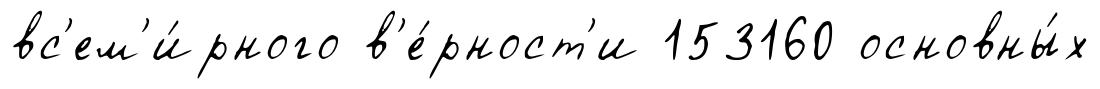
вс'ем'и́рного в'е́рност'и 153160 основны́х